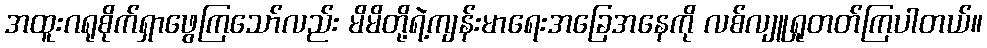
အထူးဂရုစိုက်ရှာဖွေကြသော်လည်း မိမိတို့ရဲ့ကျန်းမာရေးအခြေအနေကို လစ်လျူရှုတတ်ကြပါတယ်။